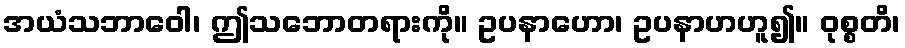
အယံသဘာဝေါ၊ ဤသဘောတရားကို။ ဥပနာဟော၊ ဥပနာဟဟူ၍။ ဝုစ္စတိ၊